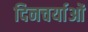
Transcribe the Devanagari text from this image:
दिनचर्याओं